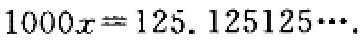
\(1000x = 125.125125\cdots\)